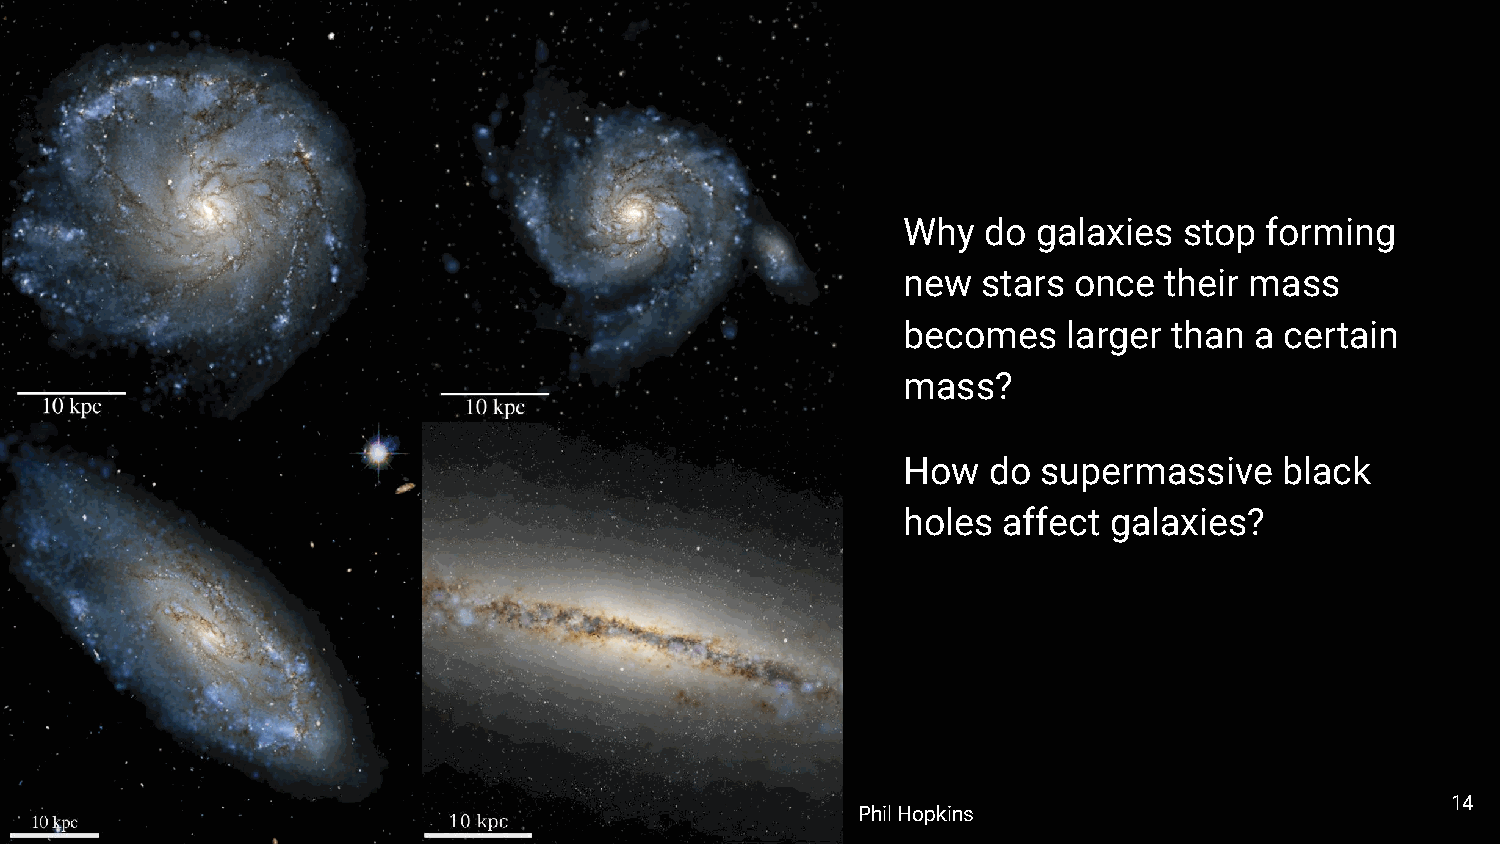
Why  do  galaxies stop  forming
 new  stars once  their mass
 becomes    larger than a certain
 mass?
 How  do  supermassive    black
 holes affect galaxies?
 14
 Phil Hopkins